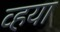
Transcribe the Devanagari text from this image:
व्हया